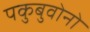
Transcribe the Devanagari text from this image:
पकुबुवोनो